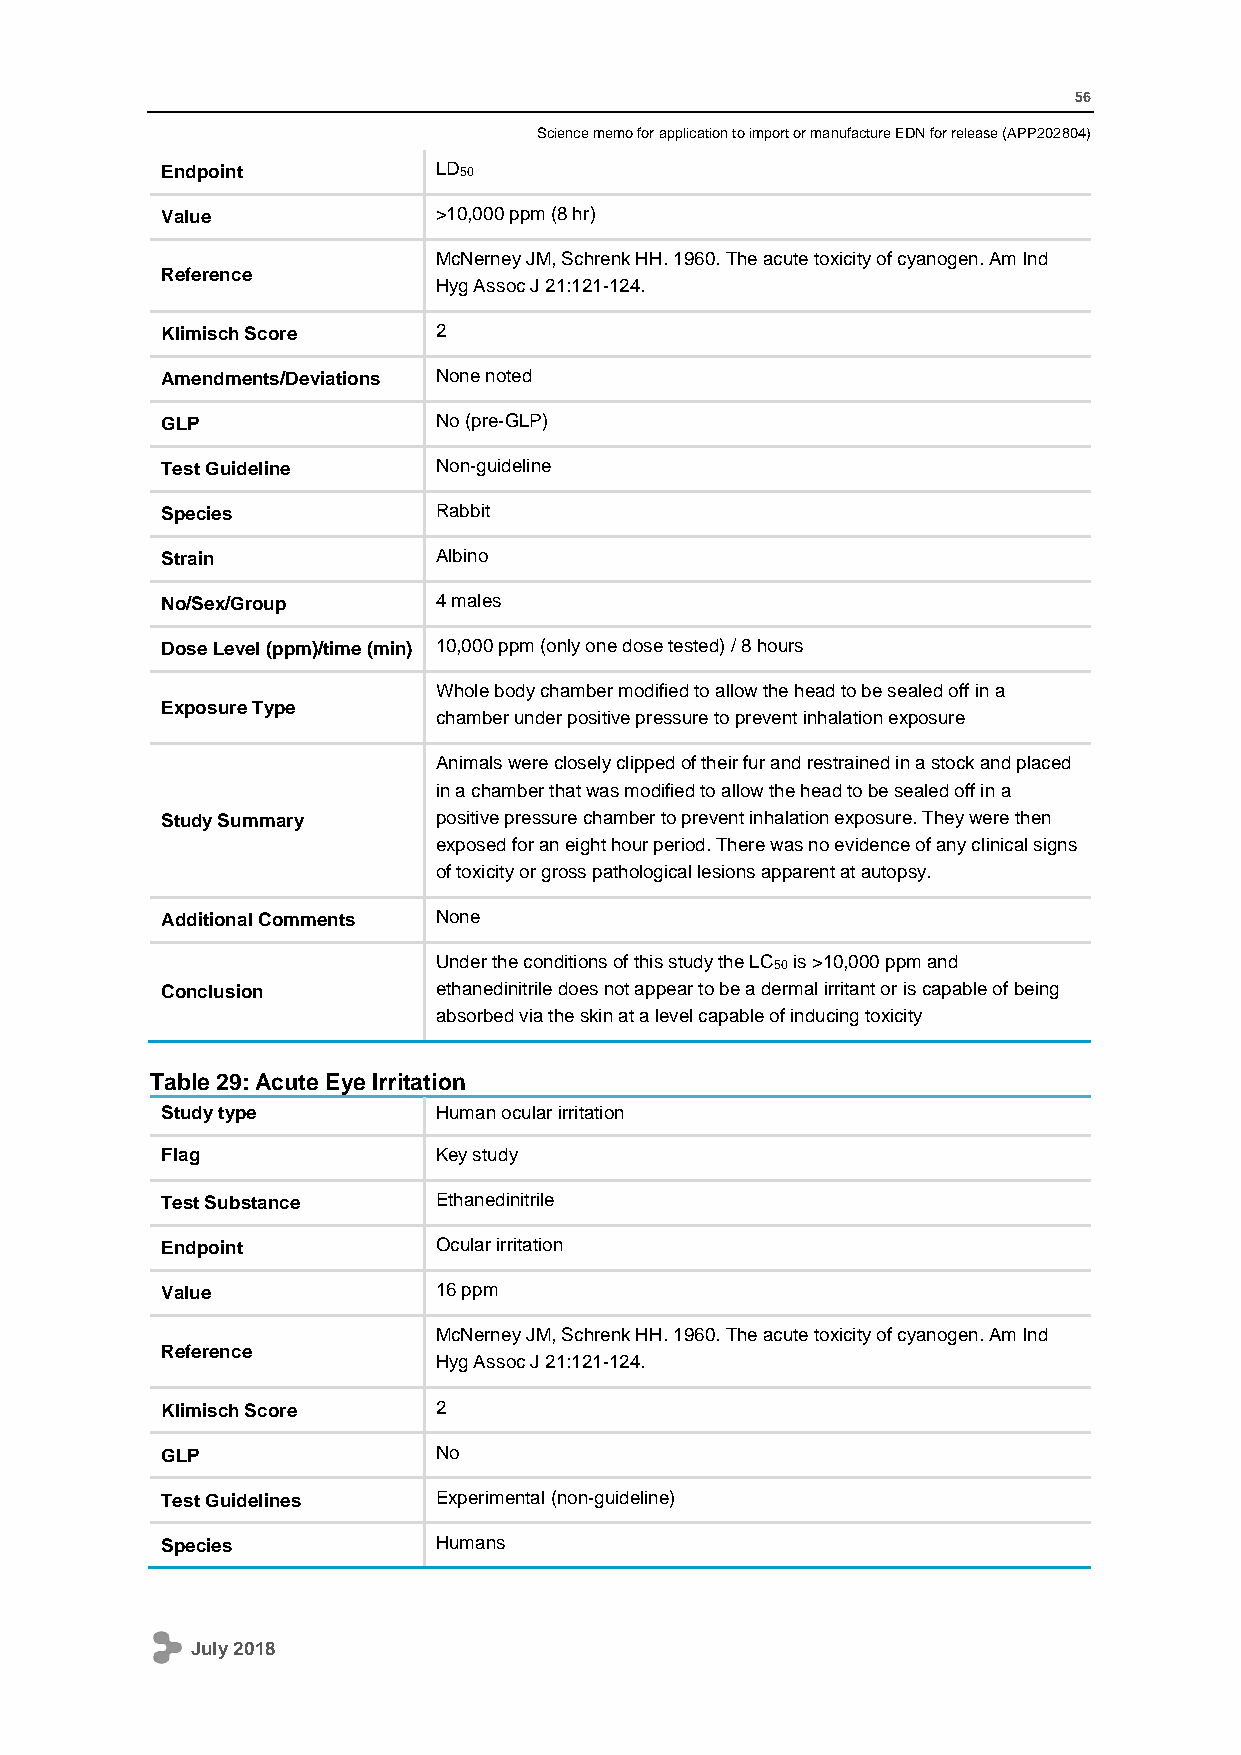
56
 Science memo for application to import or manufacture EDN for release (APP202804)
 Endpoint          LD50
 Value             >10,000 ppm (8 hr)
 McNerney JM, Schrenk HH. 1960. The acute toxicity of cyanogen. Am Ind
 Reference
 Hyg Assoc J 21:121-124.
 Klimisch Score    2
 Amendments/Deviations None noted
 GLP               No (pre-GLP)
 Test Guideline    Non-guideline
 Species           Rabbit
 Strain            Albino
 No/Sex/Group      4 males
 Dose Level (ppm)/time (min) 10,000 ppm (only one dose tested) / 8 hours
 Whole body chamber modified to allow the head to be sealed off in a
 Exposure Type
 chamber under positive pressure to prevent inhalation exposure
 Animals were closely clipped of their fur and restrained in a stock and placed
 in a chamber that was modified to allow the head to be sealed off in a
 Study Summary     positive pressure chamber to prevent inhalation exposure. They were then
 exposed for an eight hour period. There was no evidence of any clinical signs
 of toxicity or gross pathological lesions apparent at autopsy.
 Additional Comments None
 Under the conditions of this study the LC50 is >10,000 ppm and
 Conclusion        ethanedinitrile does not appear to be a dermal irritant or is capable of being
 absorbed via the skin at a level capable of inducing toxicity
 Table 29: Acute Eye Irritation
 Study type        Human ocular irritation
 Flag              Key study
 Test Substance    Ethanedinitrile
 Endpoint          Ocular irritation
 Value             16 ppm
 McNerney JM, Schrenk HH. 1960. The acute toxicity of cyanogen. Am Ind
 Reference
 Hyg Assoc J 21:121-124.
 Klimisch Score    2
 GLP               No
 Test Guidelines   Experimental (non-guideline)
 Species           Humans
 July 2018